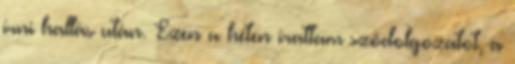
írni hallás után. Ezen a héten írattam szódolgozatot, a